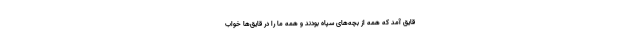
قایق آمد که همه از بچه‌های سپاه بودند و همه ما را در قایق‌ها خواب